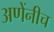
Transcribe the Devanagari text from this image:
अणेंनीच